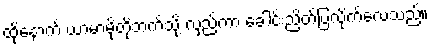
ထို့နောက် ယာမာမိုတိုဘက်သို့ လှည့်ကာ ခေါင်းညိတ်ပြလိုက်လေသည်။